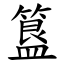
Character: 簋